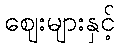
ဈေးများနှင့်